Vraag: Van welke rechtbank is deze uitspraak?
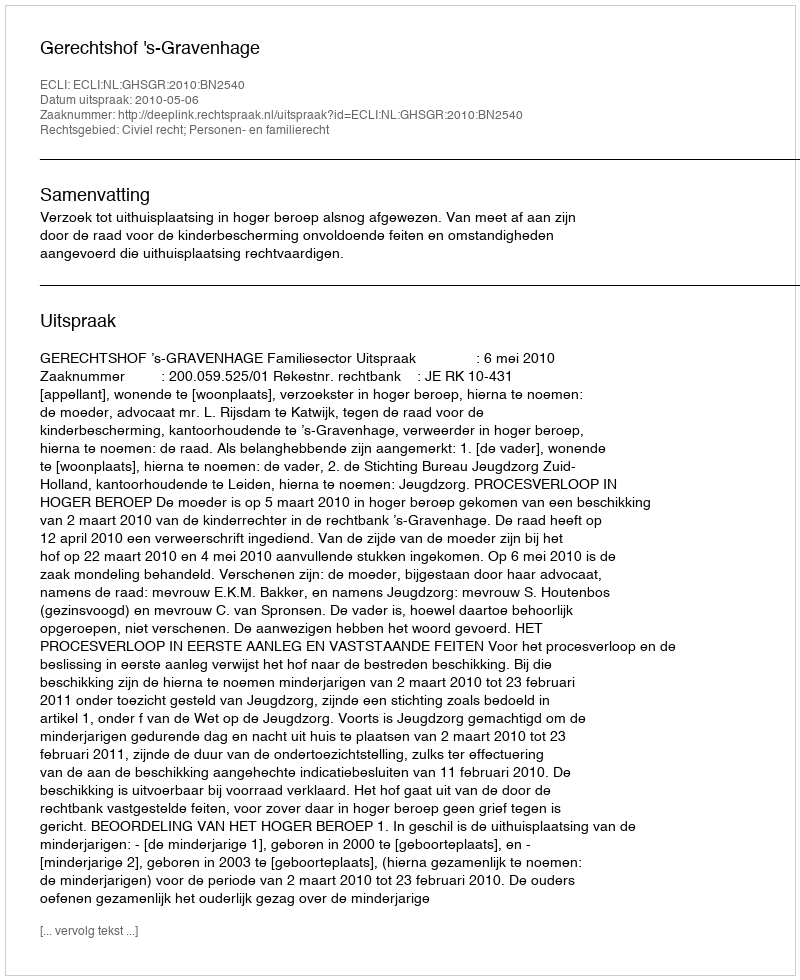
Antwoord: Gerechtshof 's-Gravenhage